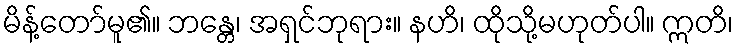
မိန့်တော်မူ၏။ ဘန္တေ၊ အရှင်ဘုရား။ နဟိ၊ ထိုသို့မဟုတ်ပါ။ ဣတိ၊